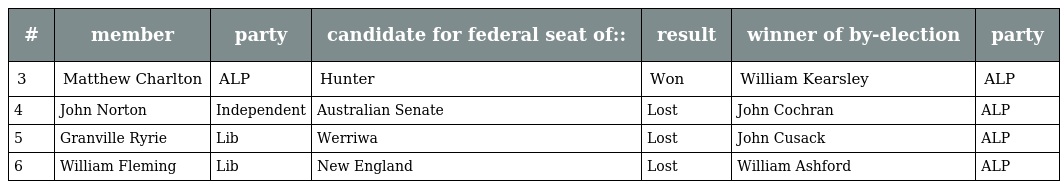
| # | member | party | candidate for federal seat of:: | result | winner of by-election | party |
 | --- | --- | --- | --- | --- | --- | --- |
 | 3 | Matthew Charlton | ALP | Hunter | Won | William Kearsley | ALP |
 | 4 | John Norton | Independent | Australian Senate | Lost | John Cochran | ALP |
 | 5 | Granville Ryrie | Lib | Werriwa | Lost | John Cusack | ALP |
 | 6 | William Fleming | Lib | New England | Lost | William Ashford | ALP |